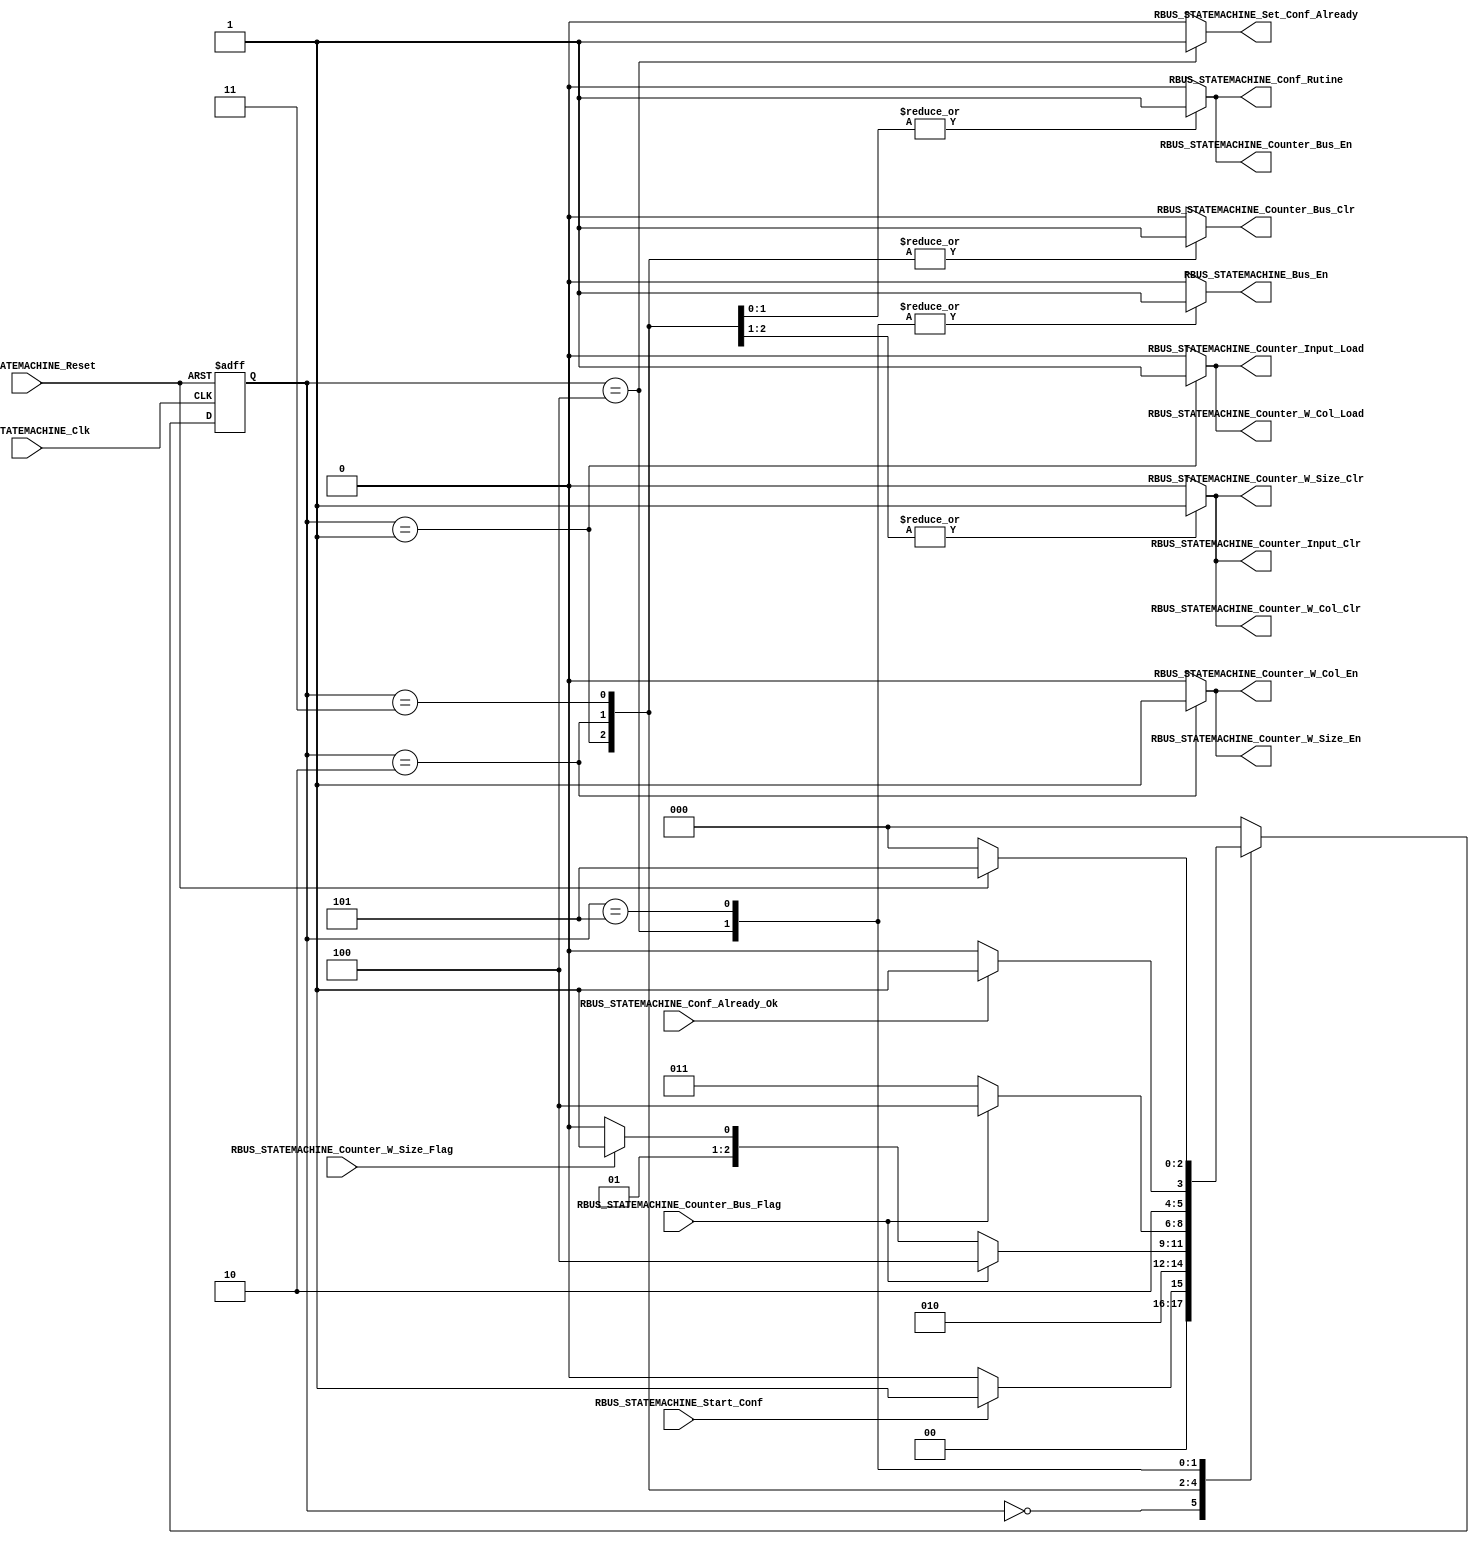
/*#########################################################################
//# Reconfigurable bus state machine
//#########################################################################
//#
//# Copyright (C) 2021 Jose Maria Jaramillo Hoyos
//# 
//# This program is free software: you can redistribute it and/or modify
//# it under the terms of the GNU General Public License as published by
//# the Free Software Foundation, either version 3 of the License, or
//# (at your option) any later version.
//#
//# This program is distributed in the hope that it will be useful,
//# but WITHOUT ANY WARRANTY; without even the implied warranty of
//# MERCHANTABILITY or FITNESS FOR A PARTICULAR PURPOSE.  See the
//# GNU General Public License for more details.
//#
//# You should have received a copy of the GNU General Public License
//# along with this program.  If not, see <https://www.gnu.org/licenses/>.
//#
//########################################################################*/

module RBUS_STATEMACHINE(

//////////// INPUTS //////////
RBUS_STATEMACHINE_Clk,
RBUS_STATEMACHINE_Reset,
RBUS_STATEMACHINE_Start_Conf,
RBUS_STATEMACHINE_Conf_Already_Ok,
RBUS_STATEMACHINE_Counter_Bus_Flag,
RBUS_STATEMACHINE_Counter_W_Size_Flag,

//////////// OUTPUTS //////////
RBUS_STATEMACHINE_Set_Conf_Already,
RBUS_STATEMACHINE_Counter_W_Size_En,
RBUS_STATEMACHINE_Counter_W_Size_Clr,
RBUS_STATEMACHINE_Counter_W_Col_En,
RBUS_STATEMACHINE_Counter_W_Col_Load,
RBUS_STATEMACHINE_Counter_W_Col_Clr,
RBUS_STATEMACHINE_Counter_Input_Clr,
RBUS_STATEMACHINE_Counter_Input_Load,
RBUS_STATEMACHINE_Counter_Bus_En,
RBUS_STATEMACHINE_Counter_Bus_Clr,
RBUS_STATEMACHINE_Conf_Rutine,
RBUS_STATEMACHINE_Bus_En

);


//=======================================================
//  State declarations
//=======================================================

localparam State_reset = 0;
localparam State_load = 1;
localparam State_Configuring0 = 2;
localparam State_Configuring1 = 3;
localparam State_Wait_Conf = 4;
localparam State_Configured = 5;

//=======================================================
//  PORT declarations
//=======================================================

input RBUS_STATEMACHINE_Clk;
input RBUS_STATEMACHINE_Reset;
input RBUS_STATEMACHINE_Start_Conf;
input RBUS_STATEMACHINE_Conf_Already_Ok;
input RBUS_STATEMACHINE_Counter_Bus_Flag;
input RBUS_STATEMACHINE_Counter_W_Size_Flag;
output reg RBUS_STATEMACHINE_Set_Conf_Already;
output reg RBUS_STATEMACHINE_Counter_W_Size_En;
output reg RBUS_STATEMACHINE_Counter_W_Size_Clr;
output reg RBUS_STATEMACHINE_Counter_W_Col_En;
output reg RBUS_STATEMACHINE_Counter_W_Col_Load;
output reg RBUS_STATEMACHINE_Counter_W_Col_Clr;
output reg RBUS_STATEMACHINE_Counter_Input_Clr;
output reg RBUS_STATEMACHINE_Counter_Input_Load;
output reg RBUS_STATEMACHINE_Counter_Bus_En;
output reg RBUS_STATEMACHINE_Counter_Bus_Clr;
output reg RBUS_STATEMACHINE_Conf_Rutine;
output reg RBUS_STATEMACHINE_Bus_En;

//=======================================================
//  REG/WIRE DECLARATIONS
//=======================================================
reg [2:0] State_Register;
reg [2:0] State_Signal;

// Next state combinational logic
always @(*)
begin
	case (State_Register)
		
		State_reset: if(RBUS_STATEMACHINE_Start_Conf)
							State_Signal=State_load;
						 else
							State_Signal=State_reset;
		
		State_load: State_Signal=State_Configuring0;
		
		
		
		State_Configuring0: if(RBUS_STATEMACHINE_Counter_Bus_Flag)
										State_Signal=State_Wait_Conf;
								  else if (RBUS_STATEMACHINE_Counter_W_Size_Flag)
										State_Signal =State_Configuring1;
								  else
									State_Signal=State_Configuring0;
		
		State_Configuring1: if(RBUS_STATEMACHINE_Counter_Bus_Flag)
										State_Signal=State_Wait_Conf;
								  else
										State_Signal=State_Configuring1;
										
		State_Wait_Conf: if(RBUS_STATEMACHINE_Conf_Already_Ok)	
									State_Signal=State_Configured;
							  else
									State_Signal=State_Wait_Conf;
											
		State_Configured: if(!RBUS_STATEMACHINE_Reset)
									State_Signal=State_reset;
								else
									State_Signal=State_Configured;		
									
		default: State_Signal = State_reset;
	endcase
	
end

// Sequential Logic

always @ (posedge RBUS_STATEMACHINE_Clk, negedge RBUS_STATEMACHINE_Reset)
begin
	if (!RBUS_STATEMACHINE_Reset)
		State_Register <= State_reset;
	else
		State_Register <= State_Signal;
end



// COMBINATIONAL OUTPUT LOGIC
always @ (*)
begin
	case(State_Register)
	
		State_reset:
		begin
			RBUS_STATEMACHINE_Set_Conf_Already = 1'b0;
			RBUS_STATEMACHINE_Counter_W_Size_En = 1'b0;
			RBUS_STATEMACHINE_Counter_W_Size_Clr = 1'b0;
			RBUS_STATEMACHINE_Counter_W_Col_En = 1'b0;
			RBUS_STATEMACHINE_Counter_W_Col_Load = 1'b0;
			RBUS_STATEMACHINE_Counter_W_Col_Clr = 1'b0;
			RBUS_STATEMACHINE_Counter_Input_Clr = 1'b0;
			RBUS_STATEMACHINE_Counter_Input_Load = 1'b0;
			RBUS_STATEMACHINE_Counter_Bus_En = 1'b0;
			RBUS_STATEMACHINE_Counter_Bus_Clr = 1'b0;
			RBUS_STATEMACHINE_Conf_Rutine = 1'b0;
			RBUS_STATEMACHINE_Bus_En = 1'b0;
		end
	
		State_load:
		begin
			RBUS_STATEMACHINE_Set_Conf_Already = 1'b0;
			RBUS_STATEMACHINE_Counter_W_Size_En = 1'b0;
			RBUS_STATEMACHINE_Counter_W_Size_Clr = 1'b1;
			RBUS_STATEMACHINE_Counter_W_Col_En = 1'b0;
			RBUS_STATEMACHINE_Counter_W_Col_Load = 1'b1;
			RBUS_STATEMACHINE_Counter_W_Col_Clr = 1'b1;
			RBUS_STATEMACHINE_Counter_Input_Clr = 1'b1;
			RBUS_STATEMACHINE_Counter_Input_Load = 1'b1;
			RBUS_STATEMACHINE_Counter_Bus_En = 1'b0;
			RBUS_STATEMACHINE_Counter_Bus_Clr = 1'b1;
			RBUS_STATEMACHINE_Conf_Rutine = 1'b0;
			RBUS_STATEMACHINE_Bus_En = 1'b0;
		end
	
		State_Configuring0:
		begin
			RBUS_STATEMACHINE_Set_Conf_Already = 1'b0;
			RBUS_STATEMACHINE_Counter_W_Size_En = 1'b1;
			RBUS_STATEMACHINE_Counter_W_Size_Clr = 1'b1;
			RBUS_STATEMACHINE_Counter_W_Col_En = 1'b1;
			RBUS_STATEMACHINE_Counter_W_Col_Load = 1'b0;
			RBUS_STATEMACHINE_Counter_W_Col_Clr = 1'b1;
			RBUS_STATEMACHINE_Counter_Input_Clr = 1'b1;
			RBUS_STATEMACHINE_Counter_Input_Load = 1'b0;
			RBUS_STATEMACHINE_Counter_Bus_En = 1'b1;
			RBUS_STATEMACHINE_Counter_Bus_Clr = 1'b1;
			RBUS_STATEMACHINE_Conf_Rutine = 1'b1;
			RBUS_STATEMACHINE_Bus_En = 1'b0;
		end
	
		State_Configuring1:
		begin
			RBUS_STATEMACHINE_Set_Conf_Already = 1'b0;
			RBUS_STATEMACHINE_Counter_W_Size_En = 1'b0;
			RBUS_STATEMACHINE_Counter_W_Size_Clr = 1'b0;
			RBUS_STATEMACHINE_Counter_W_Col_En = 1'b0;
			RBUS_STATEMACHINE_Counter_W_Col_Load = 1'b0;
			RBUS_STATEMACHINE_Counter_W_Col_Clr = 1'b0;
			RBUS_STATEMACHINE_Counter_Input_Clr = 1'b0;
			RBUS_STATEMACHINE_Counter_Input_Load = 1'b0;
			RBUS_STATEMACHINE_Counter_Bus_En = 1'b1;
			RBUS_STATEMACHINE_Counter_Bus_Clr = 1'b1;
			RBUS_STATEMACHINE_Conf_Rutine = 1'b1;
			RBUS_STATEMACHINE_Bus_En = 1'b0;
		end
	
		State_Wait_Conf:
		begin
			RBUS_STATEMACHINE_Set_Conf_Already = 1'b1;
			RBUS_STATEMACHINE_Counter_W_Size_En = 1'b0;
			RBUS_STATEMACHINE_Counter_W_Size_Clr = 1'b0;
			RBUS_STATEMACHINE_Counter_W_Col_En = 1'b0;
			RBUS_STATEMACHINE_Counter_W_Col_Load = 1'b0;
			RBUS_STATEMACHINE_Counter_W_Col_Clr = 1'b0;
			RBUS_STATEMACHINE_Counter_Input_Clr = 1'b0;
			RBUS_STATEMACHINE_Counter_Input_Load = 1'b0;
			RBUS_STATEMACHINE_Counter_Bus_En = 1'b0;
			RBUS_STATEMACHINE_Counter_Bus_Clr = 1'b0;
			RBUS_STATEMACHINE_Conf_Rutine = 1'b0;
			RBUS_STATEMACHINE_Bus_En = 1'b1;
		end
	
		State_Configured:
		begin
			RBUS_STATEMACHINE_Set_Conf_Already = 1'b0;
			RBUS_STATEMACHINE_Counter_W_Size_En = 1'b0;
			RBUS_STATEMACHINE_Counter_W_Size_Clr = 1'b0;
			RBUS_STATEMACHINE_Counter_W_Col_En = 1'b0;
			RBUS_STATEMACHINE_Counter_W_Col_Load = 1'b0;
			RBUS_STATEMACHINE_Counter_W_Col_Clr = 1'b0;
			RBUS_STATEMACHINE_Counter_Input_Clr = 1'b0;
			RBUS_STATEMACHINE_Counter_Input_Load = 1'b0;
			RBUS_STATEMACHINE_Counter_Bus_En = 1'b0;
			RBUS_STATEMACHINE_Counter_Bus_Clr = 1'b0;
			RBUS_STATEMACHINE_Conf_Rutine = 1'b0;
			RBUS_STATEMACHINE_Bus_En = 1'b1;
		end
	
	
		default:
		begin
			RBUS_STATEMACHINE_Set_Conf_Already = 1'b0;
			RBUS_STATEMACHINE_Counter_W_Size_En = 1'b0;
			RBUS_STATEMACHINE_Counter_W_Size_Clr = 1'b0;
			RBUS_STATEMACHINE_Counter_W_Col_En = 1'b0;
			RBUS_STATEMACHINE_Counter_W_Col_Load = 1'b0;
			RBUS_STATEMACHINE_Counter_W_Col_Clr = 1'b0;
			RBUS_STATEMACHINE_Counter_Input_Clr = 1'b0;
			RBUS_STATEMACHINE_Counter_Input_Load = 1'b0;
			RBUS_STATEMACHINE_Counter_Bus_En = 1'b0;
			RBUS_STATEMACHINE_Counter_Bus_Clr = 1'b0;
			RBUS_STATEMACHINE_Conf_Rutine = 1'b0;
			RBUS_STATEMACHINE_Bus_En = 1'b0;	
		end
	
	endcase
end


endmodule